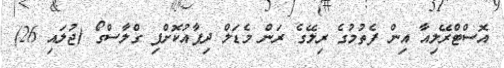
އޮސްޓްރޭލިއާ އިން ފެތުމުގެ ރިލޭގެ ރަން މެޑަލް ދިފާއުކޮށްފި ގްލާސްގޯ (ޖުލައި 26)